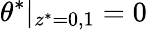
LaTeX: \theta^{*}|_{z^{*}=0,1}=0